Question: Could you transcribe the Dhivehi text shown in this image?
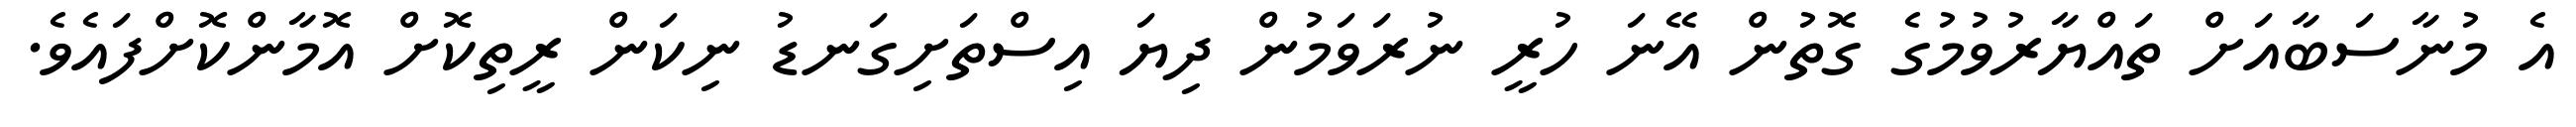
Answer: އެ މުނާސަބާއަށް ތައްޔާރުވުމުގެ ގޮތުން އޭނަ ހުރީ ނުރަވަމުން ދިޔަ އިސްތަށިގަނޑު ނިކަން ރީތިކޮށް އޮމާންކޮށްފައެވެ.